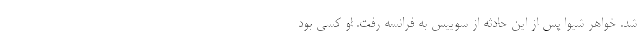
شد. خواهر شیوا پس از این حادثه از سوییس به فرانسه رفت. او کسی بود